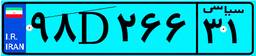
۴۵D۸۵۶۵۳